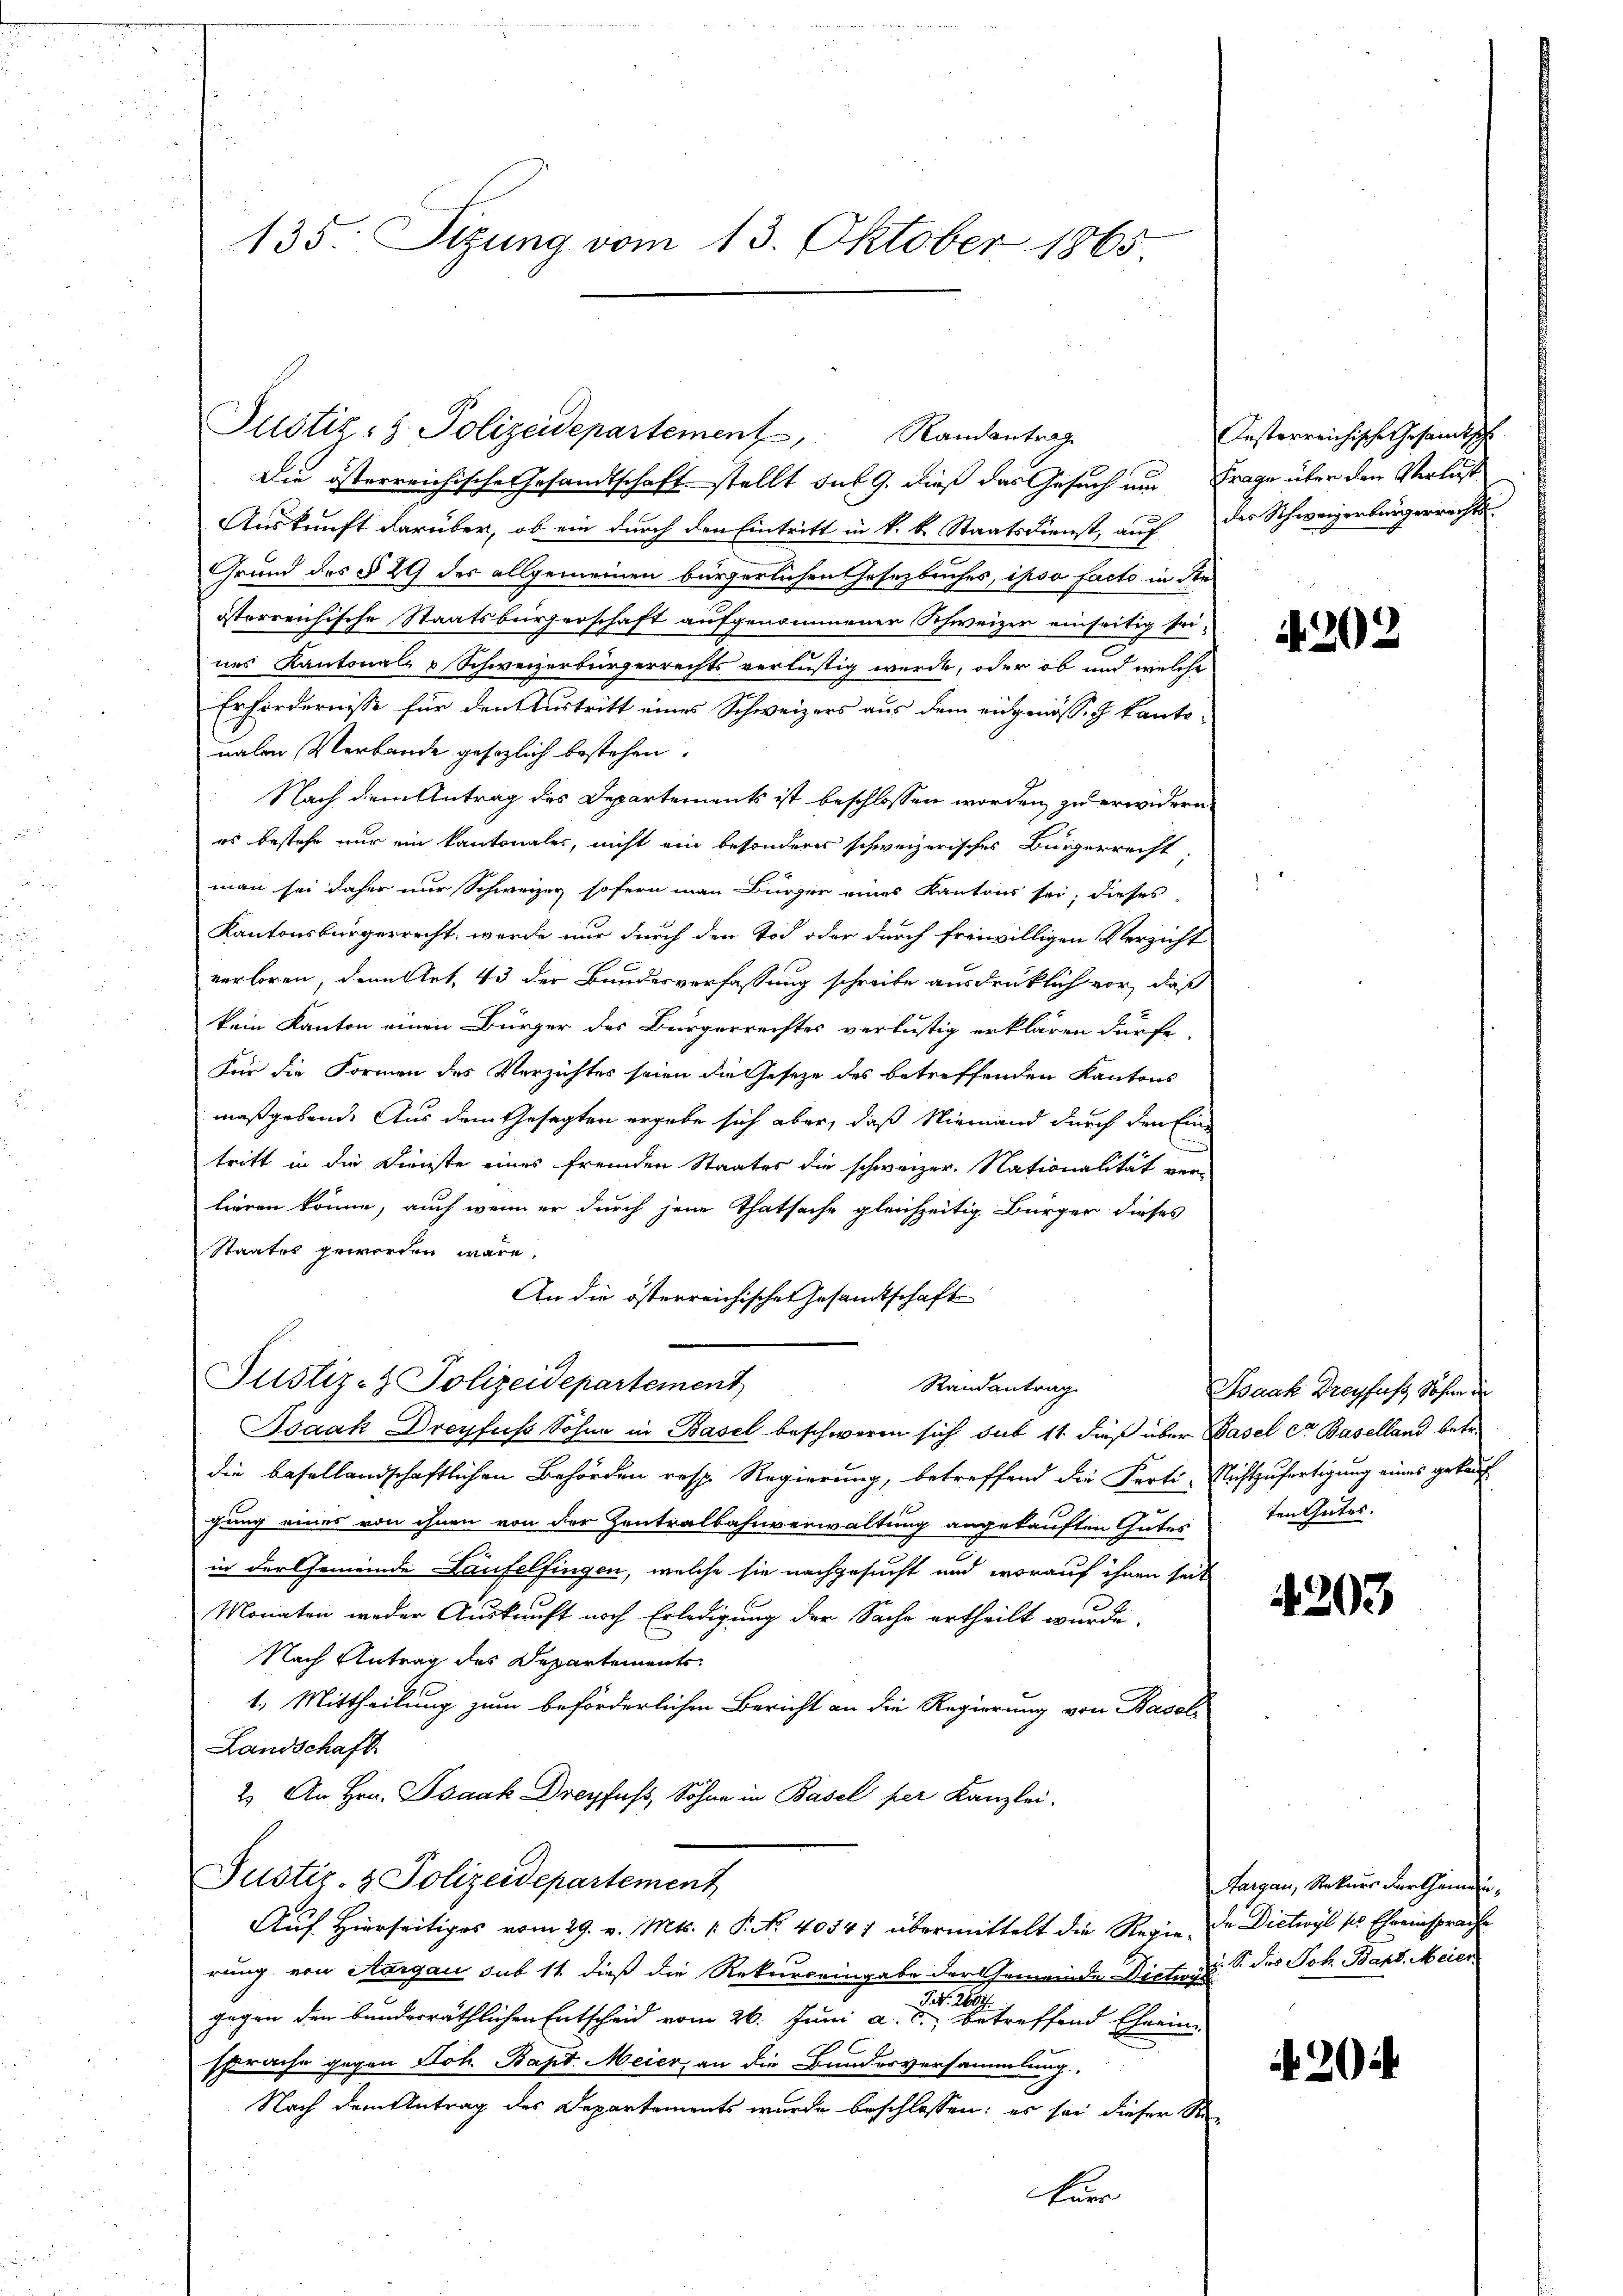
135. Sizung vom 13. Oktober 1865

Justiz- & Polizeidepa

Die österreichische Gesandtschaft stellt sub 9. dieß das Gesuch um Frage über den Verlust
Auskunft darüber, ob ein durch den Eintritt in k. k. Staatsdienst, auf des Schweizerbürgerrechts-
Grund des § 29 des allgemeinen bürgerlichen Gesetzbuches, ipso facto in die
österreichische Staatsbürgerschaft aufgenommener Schweizer einseitig sei-
nes Kantonal- & Schweizerbürgerrechts verlustig werde, oder ob und welche
Erfordernisse für den Austritt eines Schweizers aus dem eidgenössig kanto
nalen Verbande gesezlich bestehen.
Nach dem Antrag des Departements ist beschlossen worden zu erwidern
es bestehe nur ein kantonales, nicht ein besonderes schweizerisches Bürgerrecht,
man sei daher nur Schweizer sofern man Bürger eines Kantons sei; dieses
Kantonsbürgerrecht, werde nur durch den Tod oder durch freiwilligen Verzicht
verloren, denn Art. 43 der Bundesverfassung schreibe ausdrücklich vor, daß
kein Kanton einen Bürger des Bürgerrechtes verlustig erklären dürfe,
Für die Formen des Verzichtes seien die Gesetze des betreffenden Kantons
maßgebend. Aus dem Gesagten ergebe sich aber, daß Niemand durch den Eine
tritt in die Dienste eines fremden Staates die schweizer. Nationalität verlieren könne, auch wenn er durch jene Thatsache gleichzeitig Bürger dieses
Staates geworden wäre.
An die österreichischen Gesandtschaft
Justiz- & Polizeidepartement
Randantrag
Isaak Dreyfuss Sohne in Basel beschweren sich sub 11 dieß über Pasel ca Baselland betr.
die besellandschaftlichen Behörden resp. Regierung, betreffend die Ferti-Nichtzufertigung eines gekauf
gung eines von ihnen von der Zentralbahnverwaltung angekauften Gutes
in der Gemeinde Laufelfingen, welche sie nachgesucht und worauf ihnen seit
Monaten weder Auskunft noch Erledigung der Sache ertheilt wurde.
Nach Antrag des Departements
1.) Mittheilung zum beförderlichen Bericht an die Regierung von Basel
Landschaft
2.) An Hrn. Psaak Dreyfuß, Sohne in Basel per Kanzlei.
Justiz- & Polizeidepartement
Auf Hierseitiges vom 29. v. Mts. v. P. No 40547 übermittelt die Regie. Da Dietwyl ses Eheeinsprache
rung von Aargau sub 11 dieß die Rekurseingabe der Gemeinde Dicti. S. des Joh. Barb. Meier
J N. 280.
gegen den bunderräthlichen Entscheid vom 26. Juni a. c. betreffend Eheein-
sprache gegen Joh. Bapt. Meier, an die Bundesversammlung.
Nach dem Antrag des Departements wurde beschlossen: es sei dieser Re-

Randantrag
E

Fürr

Jesterreichische Gesamtsch

4202

Isaak Dreyfuss Sohne di
ten Gutes.

4203

Aargau, Rekurs der Gemein¬

4204